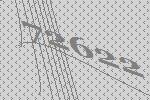
72622